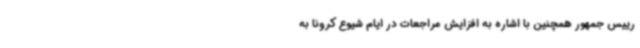
رییس جمهور همچنین با اشاره به افزایش مراجعات در ایام شیوع کرونا به